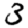
Digit: 3